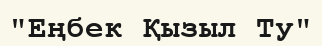
"Еңбек Қызыл Ту"